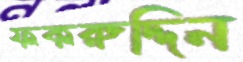
ফকরুদ্দিন